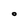
Character: O